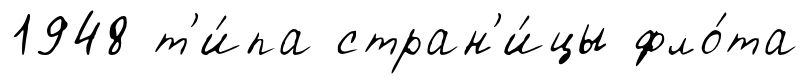
1948 т'и́па стран'и́цы фло́та